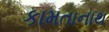
કામતાનાથ